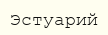
Эстуарий